Report on vaccination in Madras 1922-1929 - 1922-1929
Year: 1922
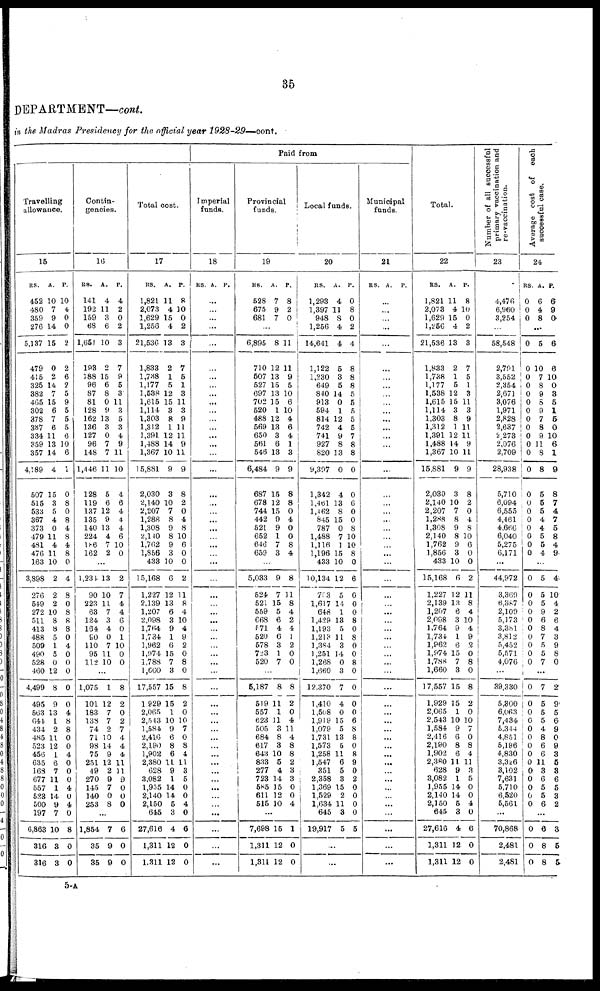
35
DEPARTMENT—cont.
in the Madras Presidency for the official year 1928-29—cont.
Travelling
allowance.
15
RS.
452
480
359
276
5,137
479
415
325
382
465
302
378
387
334
359
357
4,189
507
515
533
367
373
479
481
476
163
3,898
276
549
272
511
413
488
509
490
528
460
4,499
495
563
644
434
485
523
456
635
168
677
557
523
500
197
6,863
316
316
A.
10
7
9
14
15
0
2
14
7
15
6
7
6
11
13
14
4
15
3
5
4
0
11
4
11
10
2
2
2
10
8
8
5
1
5
0
12
8
9
13
1
2
11
12
1
6
7
11
1
14
9
7
10
3
3
P.
10
4
0
0
2
2
6
2
5
9
5
5
5
6
10
6
1
0
8
0
8
4
8
4
8
0
4
8
0
8
8
8
0
4
0
0
0
0
0
4
8
8
0
0
4
0
0
0
4
0
4
0
8
0
0
Contin-
gencies.
16
RS.
141
192
159
68
1,651
193
188
96
87
81
128
162
136
127
96
148
1,446
128
119
137
135
140
224
186
162
A.
4
11
3
6
10
2
15
6
8
0
9
13
3
0
7
7
11
5
6
12
9
13
4
7
2
P.
4
2
0
2
3
7
9
5
3
11
3
5
3
4
9
11
10
4
6
4
4
4
6
10
0
...
1,234
90
223
63
124
164
90
110
95
112
13
10
11
7
3
4
0
7
11
10
2
7
4
4
6
0
1
10
0
0
...
1,075
101
183
138
74
71
98
75
251
49
270
145
140
253
1
12
7
7
2
10
14
9
12
2
9
7
0
8
8
2
0
2
7
4
4
4
11
11
9
0
0
0
...
1,854
35
35
7
9
9
6
0
0
Total cost.
17
RS.
1,821
2,073
1,629
1,256
21,536
1,833
1,738
1,177
1,538
1,615
1,114
1,303
1,312
1,391
1,488
1,367
15,881
2,030
2,140
2,207
1,288
1,308
2,140
1,762
1,856
433
15,168
1,227
2,139
1,207
2,098
1,764
1,734
1,962
1,974
1,788
1,660
17,557
1,929
2,065
2,543
1,584
2,416
2,190
1,902
2,380
628
3,082
1,955
2,140
2,150
645
27,616
1,311
1,311
A.
11
4
15
4
13
2
1
5
12
15
3
8
1
12
14
10
9
3
10
7
8
9
8
9
3
10
6
12
13
6
3
9
1
6
15
7
3
15
15
1
10
9
6
8
6
11
9
1
14
14
5
3
4
12
12
P.
8
10
0
2
3
7
5
1
3
11
3
9
11
11
9
11
9
8
2
0
4
8
10
6
0
0
2
11
8
4
10
4
9
2
0
8
0
8
2
0
10
7
0
8
4
11
3
5
0
0
4
0
6
0
0
Paid from
Imperial
funds.
18
RS. A. P.
...
...
...
...
...
...
...
...
...
...
...
...
...
...
...
...
...
...
...
...
...
...
...
...
...
...
...
...
...
...
...
...
...
...
...
...
...
...
...
...
...
...
...
...
...
...
...
...
...
...
...
...
...
...
...
Provincial
funds.
19
RS.
528
675
681
A.
7
9
7
P.
8
2
0
...
6,895
710
507
527
697
702
520
488
569
650
561
546
6,484
687
678
744
442
521
652
646
659
8
12
13
15
13
15
1
12
13
3
6
13
9
15
12
15
9
9
1
7
3
11
11
9
5
10
6
10
4
6
4
1
3
9
8
8
0
4
0
0
8
4
...
5,033
524
521
559
668
571
520
578
723
520
9
7
15
5
6
4
0
3
1
7
8
11
8
4
2
4
1
2
0
0
...
5,187
519
557
623
505
684
617
643
833
277
723
585
611
515
8
11
1
11
3
8
3
10
5
4
14
15
12
10
8
2
0
4
11
4
8
8
2
3
3
0
0
4
...
7,698
1,311
1,311
15
12
12
1
0
0
Local funds.
20
RS.
1,293
1,397
948
1,256
14,641
1,122
1,230
649
840
913
594
814
742
741
927
820
9,397
1,342
1,461
1,462
845
787
1,488
1,116
1,196
433
10,134
703
1,617
648
1,429
1,193
1,213
1,384
1,251
1,268
1,660
12,370
1,410
1,508
1,919
1,079
1,731
1,573
1,258
1,547
351
2,358
1,369
1,529
1,634
645
19,917
A.
4
11
8
4
4
5
3
5
14
0
1
12
4
9
8
13
0
4
13
8
15
0
7
1
15
10
12
5
14
1
13
5
11
3
14
0
3
7
4
0
15
5
13
5
11
6
5
3
15
2
11
3
5
P.
0
8
0
2
4
8
8
8
5
5
5
5
5
7
8
8
0
0
6
0
0
8
10
10
8
0
6
0
0
0
8
0
8
0
0
8
0
0
0
0
6
8
8
0
8
9
0
2
0
0
0
0
5
...
...
Municipal
funds.
21
RS. A. P.
...
...
...
...
...
...
...
...
...
...
...
...
...
...
...
...
...
...
...
...
...
...
...
...
...
...
...
...
...
...
...
...
...
...
...
...
...
...
...
...
...
...
...
...
...
...
...
...
...
...
...
...
...
...
...
Total.
22
RS.
1,821
2,073
1,629
1,256
21,536
1,833
1,738
1,177
1,538
1,615
1,114
1,303
1,312
1,391
1,488
1,367
15,881
2,030
2,140
2,207
1,288
1,308
2,140
1,762
1,856
433
15,168
1,227
2,139
1,207
2,098
1,764
1,734
1,962
1,974
1,788
1,660
17,557
1,929
2,065
2,543
1,584
2,416
2,190
1,902
2,380
628
3,082
1,955
2,140
2,150
645
27,616
1,311
1,311
A.
11
4
15
4
13
2
1
5
12
15
3
8
1
12
14
10
9
3
10
7
8
9
8
9
3
10
6
12
13
6
3
9
1
6
15
7
3
15
15
1
10
9
6
8
6
11
9
1
14
14
5
3
4
12
12
P.
8
10
0
2
3
7
5
1
3
11
3
9
11
11
9
11
9
8
2
0
4
8
10
6
0
0
2
11
8
4
10
4
9
2
0
8
0
8
2
0
10
7
0
8
4
11
3
5
0
0
4
0
6
0
0
Number of all successful
primary vaccination and
re-vaccination.
23
4,476
6,960
3,254
...
58,548
2,791
3,552
2,354
2,671
3,076
1,971
2,828
2,637
2,273
2,076
2,709
28,938
5,710
6,094
6,555
4,461
4,666
6,040
5,275
6,171
...
44,972
3,369
6,387
2,109
5,173
3,381
3,812
5,452
5,571
4,076
39,330
5,300
6,063
7,434
5,344
4,851
5,196
4,830
3,326
3,102
7,631
5,710
6,520
5,561
...
70,868
2,481
2,481
Average cost of each
successful case.
24
RS.
0
0
0
A.
6
4
8
P.
6
9
0
...
0
0
0
0
0
0
0
0
0
0
0
0
0
0
0 0
0
0 0
0
0
5
10
7
8
9
8
9
7
8
9
11
8
8
5
5
5
4
4
5
5
4
6
6
10
0
3
5
1
5
0
10
6
1
9
8
7
4
7
5
8
4
9
...
0
0
0
0
0
0
0
0
0
0
5
5
5
9
6
8
7
5
5
7
4
10
4
2
6
4
3
9
8
0
...
0
0
0
0
0
0
0
0
0
0
0
0
0
0
7
5
5
5
4
8
6
6
11
3
6
5
5
6
2
9
5
6
9
0
9
3
5
3
6
5
3
2
...
0
0
0
6
8
8
3
5
5
5-A